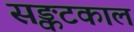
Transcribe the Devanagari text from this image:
सङ्कटकाल